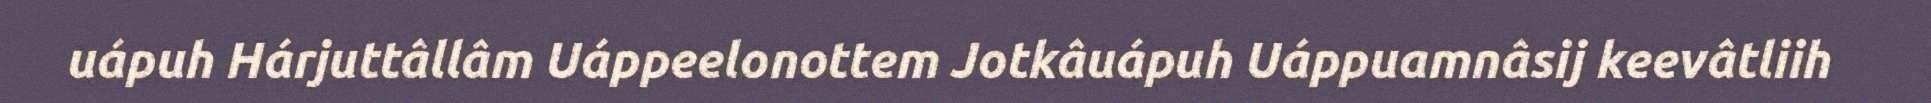
uápuh Hárjuttâllâm Uáppeelonottem Jotkâuápuh Uáppuamnâsij keevâtliih